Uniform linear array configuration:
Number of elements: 4
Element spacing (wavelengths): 0.5
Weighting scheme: kaiser
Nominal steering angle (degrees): -60
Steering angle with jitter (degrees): -58.134
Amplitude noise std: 0.05
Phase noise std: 0.05

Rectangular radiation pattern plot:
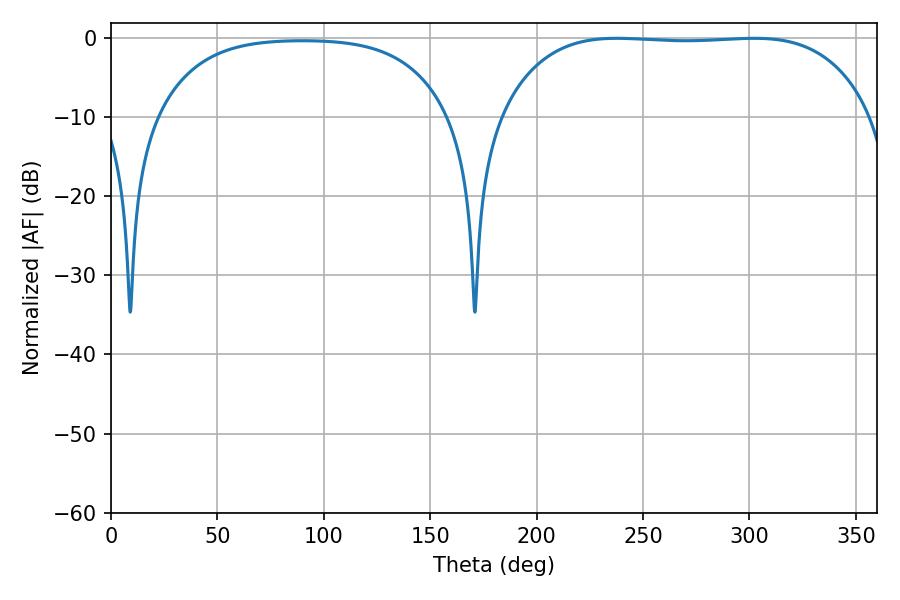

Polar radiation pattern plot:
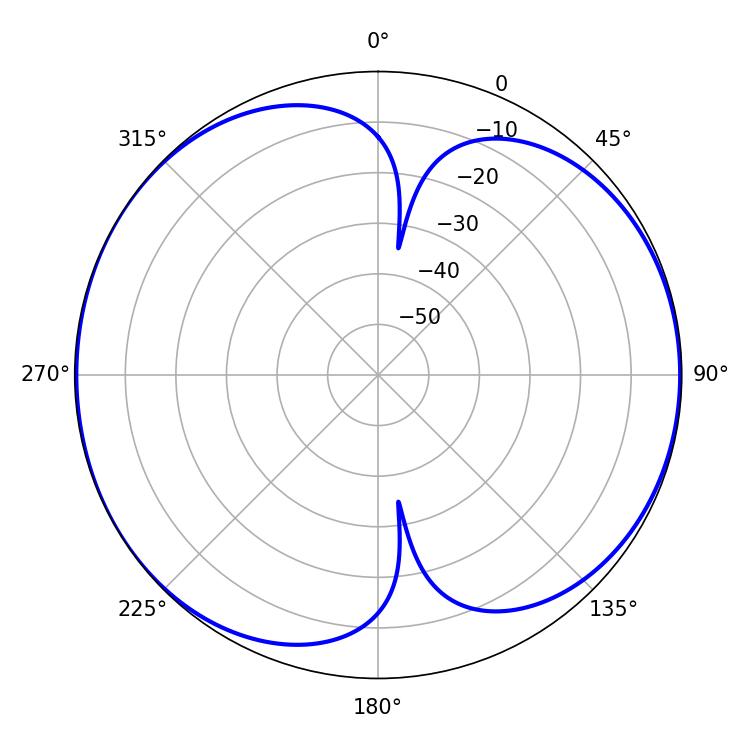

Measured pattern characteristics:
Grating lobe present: FALSE
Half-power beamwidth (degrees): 136.08
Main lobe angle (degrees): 237.6